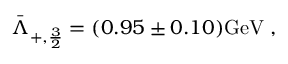
{ \bar { \Lambda } } _ { + , { \frac { 3 } { 2 } } } = ( 0 . 9 5 \pm 0 . 1 0 ) \mathrm { G e V } \; ,